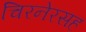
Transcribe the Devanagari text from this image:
चिरनेरसह